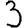
Digit: 3